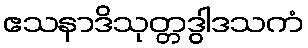
ဧသနာဒိသုတ္တဒွါဒသကံ